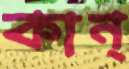
কান্